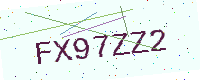
Text: FX97ZZ2